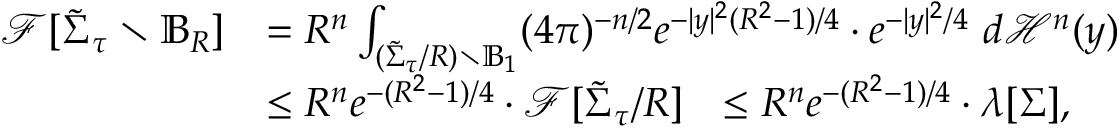
\begin{array} { r l } { \mathcal { F } [ \tilde { \Sigma } _ { \tau } \setminus \mathbb { B } _ { R } ] } & { = R ^ { n } \int _ { ( \tilde { \Sigma } _ { \tau } / R ) \setminus \mathbb { B } _ { 1 } } ( 4 \pi ) ^ { - n / 2 } e ^ { - | y | ^ { 2 } ( R ^ { 2 } - 1 ) / 4 } \cdot e ^ { - | y | ^ { 2 } / 4 } \ d \mathscr { H } ^ { n } ( y ) } \\ & { \leq R ^ { n } e ^ { - ( R ^ { 2 } - 1 ) / 4 } \cdot \mathcal { F } [ \tilde { \Sigma } _ { \tau } / R ] \ \ \leq R ^ { n } e ^ { - ( R ^ { 2 } - 1 ) / 4 } \cdot \lambda [ \Sigma ] , } \end{array}